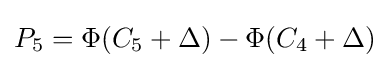
P_{\text{5}}=\Phi (C_{\text{5}}+\Delta )-\Phi (C_{\text{4}}+\Delta )